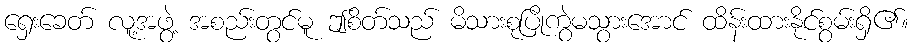
ရှေးခေတ် လူ့အဖွဲ့ အစည်းတွင်မူ ဤစိတ်သည် မိသားစုပြိုကွဲမသွားအောင် ထိန်းထားနိုင်စွမ်းရှိ၏။